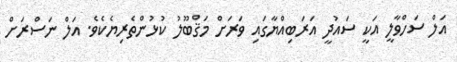
އަލް ސަހްވާލީ އަކީ ސައުދީ އަރަބިއްޔާގައި ވަރަށް މަޤްބޫލު ކުޅުންތެރިޔެކެވެ. އަލް ނަސްރަށް